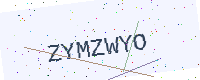
Text: ZYMZWYO